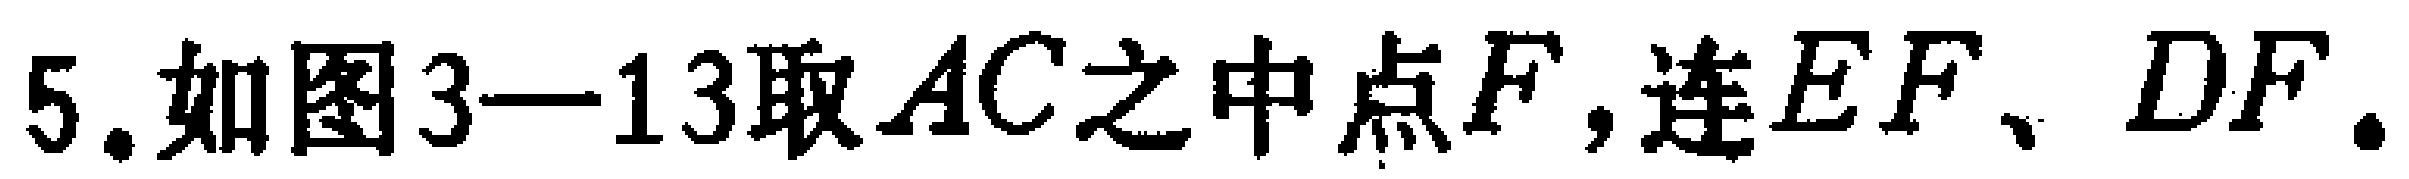
5. 如图3—13取 \(AC\) 之中点 \(F\)，连 \(EF\)、\(DF\)。